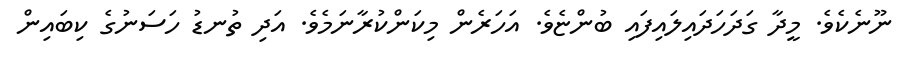
ނޫނެކެވެ. މީދާ ގަދަހަދައިލައިފައި ބުންޏެވެ. އަހަރެން މިކަންކުރާނަމެވެ. އަދި ތުނޑު ހަސަނުގެ ކިބައިން